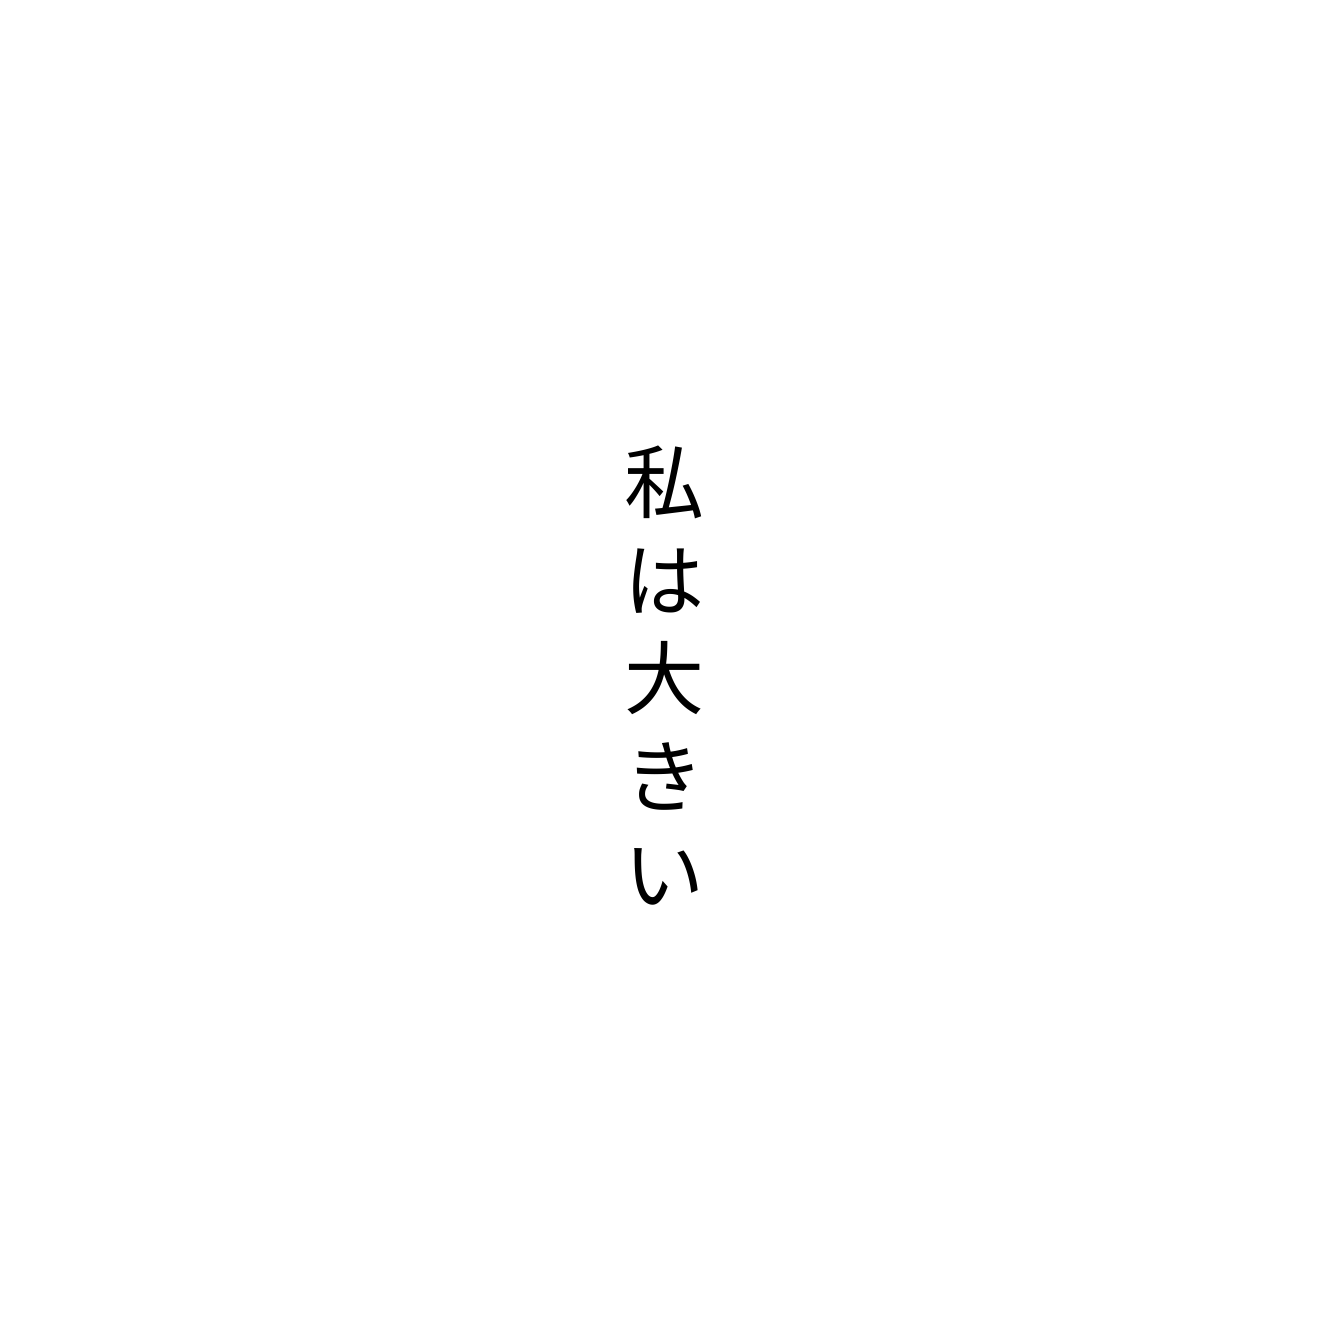
私は大きい